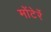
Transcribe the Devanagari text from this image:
मोंटेर्रे